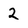
Character: 2